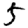
Digit: 5